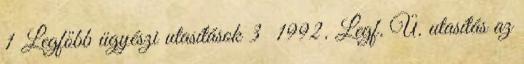
1 Legfőbb ügyészi utasítások 3 1992. Legf. Ü. utasítás az